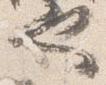
也